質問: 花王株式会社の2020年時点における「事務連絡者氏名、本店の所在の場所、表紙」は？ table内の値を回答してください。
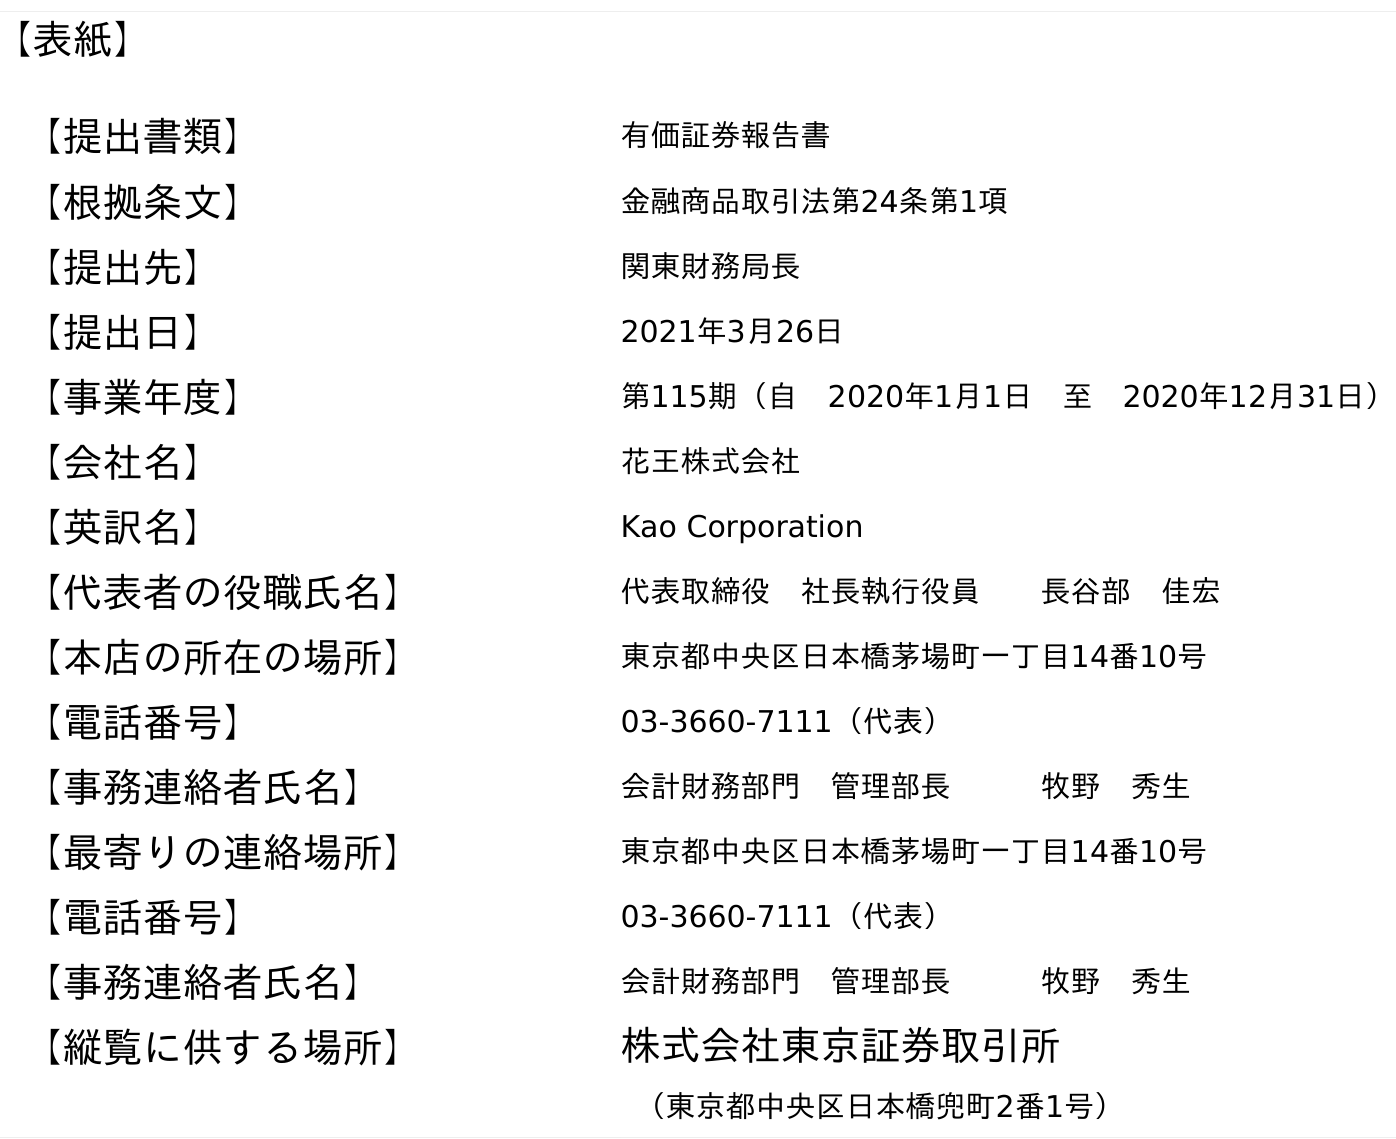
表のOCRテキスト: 【表紙】 【提出書類】 有価証券報告書 【根拠条文】 金融商品取引法第24条第1項 【提出先】 関東財務局長 【提出日】 2021年3月26日 【事業年度】 第115期（自 2020年1月1日 至 2020年12月31日） 【会社名】 花王株式会社 【英訳名】 Kao Corporation 【代表者の役職氏名】 代表取締役 社長執行役員  長谷部 佳宏 【本店の所在の場所】 東京都中央区日本橋茅場町一丁目14番10号 【電話番号】 03-3660-7111（代表） 【事務連絡者氏名】 会計財務部門 管理部長   牧野 秀生 【最寄りの連絡場所】 東京都中央区日本橋茅場町一丁目14番10号 【電話番号】 03-3660-7111（代表） 【事務連絡者氏名】 会計財務部門 管理部長   牧野 秀生 【縦覧に供する場所】 株式会社東京証券取引所 （東京都中央区日本橋兜町2番1号）
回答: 会計財務部門　管理部長牧野　秀生